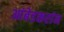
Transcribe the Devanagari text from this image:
आंबेडकरांन